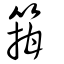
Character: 箝